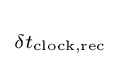
\scriptstyle \delta t_{\text{clock,rec}}